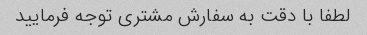
لطفا با دقت به سفارش مشتری توجه فرمایید